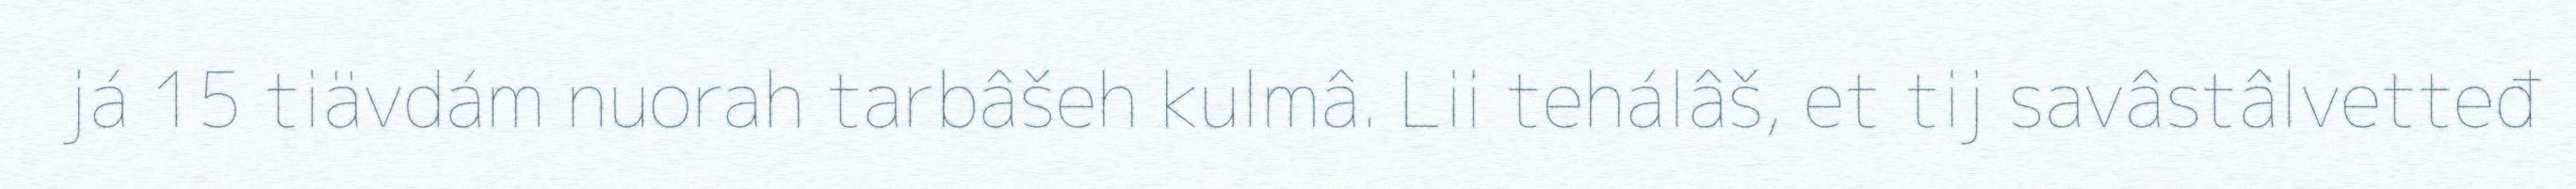
já 15 tiävdám nuorah tarbâšeh kulmâ. Lii tehálâš, et tij savâstâlvetteđ